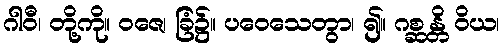
ဂါဝီ၊ တို့ကို။ ဝဇေ၊ ခြံ၌။ ပဝေသေတွာ၊ ၍။ ဂစ္ဆန္တိ ဝိယ၊